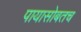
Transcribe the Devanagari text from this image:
पायासोबतच